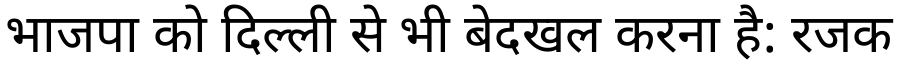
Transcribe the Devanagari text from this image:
भाजपा को दिल्ली से भी बेदखल करना है: रजक